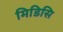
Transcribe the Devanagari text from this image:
मिडिसि